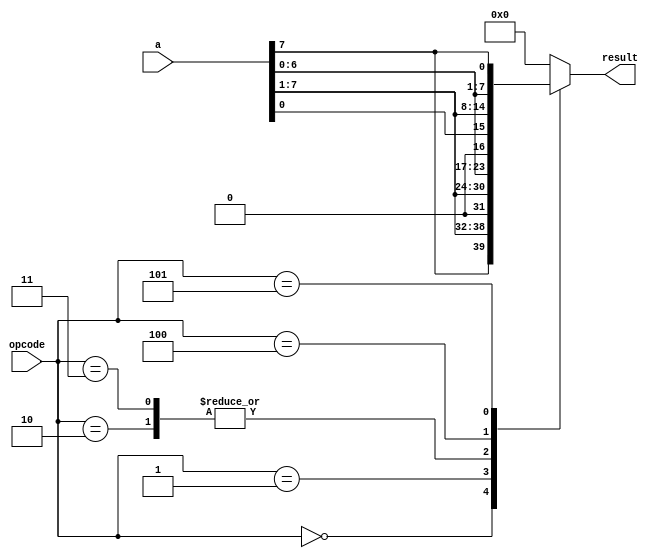
`timescale 1ns / 1ps
//////////////////////////////////////////////////////////////////////////////////
// Company: 
// Engineer: 
// 
// Design Name: 
// Module Name:    shift_rotate 
// Author  Name:  Ummidi Chandrika

module shift_rotate (a, opcode, result);
//list inputs and outputs
input [7:0] a;
input [2:0] opcode;
output [7:0] result;

//specify wire for input and reg for output
wire [7:0] a;
wire [2:0] opcode;
reg [7:0] result;


//define the opcodes
parameter sra_op = 3'b000, //shift right arithmetic
srl_op = 3'b001,           //Shift right logical
sla_op = 3'b010,           //Shift left algebraic 
sll_op = 3'b011,           //Shift left logical
ror_op = 3'b100,           //rotate right
rol_op = 3'b101;           //rotate left

//execute the operations
always @ (a or opcode)
begin
case (opcode)
sra_op : result = {a[7], a[7], a[6], a[5],
 a[4], a[3], a[2], a[1]};
srl_op : result = a >> 1;
sla_op : result = {a[6], a[5], a[4], a[3],
 a[2], a[1], a[0], 1'b0};
 sll_op : result = a << 1;
ror_op : result = {a[0], a[7], a[6], a[5],
a[4], a[3], a[2], a[1]};
rol_op : result = {a[6], a[5], a[4], a[3],
a[2], a[1], a[0], a[7]};
default : result = 0;
endcase
end
endmodule